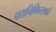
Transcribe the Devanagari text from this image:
पराचिकित्सकों